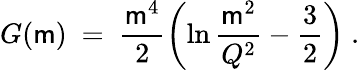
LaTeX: G(\mathsf{m})\ =\ {\frac{{\mathsf{m}^{4}}}{{2}}}\biggl(\ln{\frac{{\mathsf{m}^{2}}}{{Q^{2}}}}-{\frac{{3}}{{2}}}\biggr)\ .